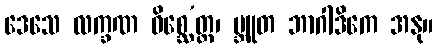
ဒေသေ လက္ခဏ ဝိစ္ဆေ’တ္ထ၊ မ္ဘူတ ဘာဂါဒိကေ အနု။